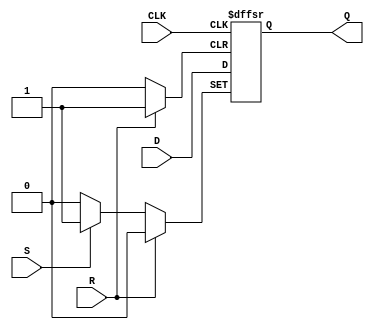
module d_flip_flop (
    input wire D,
    input wire CLK,
    input wire S,
    input wire R,
    output reg Q
);

always @(posedge CLK or posedge R or posedge S) begin
    if (R) begin
        Q <= 1'b0; // Force output to low logic level
    end else if (S) begin
        Q <= 1'b1; // Force output to high logic level
    end else begin
        Q <= D; // Store D input on rising edge of clock
    end
end

endmodule